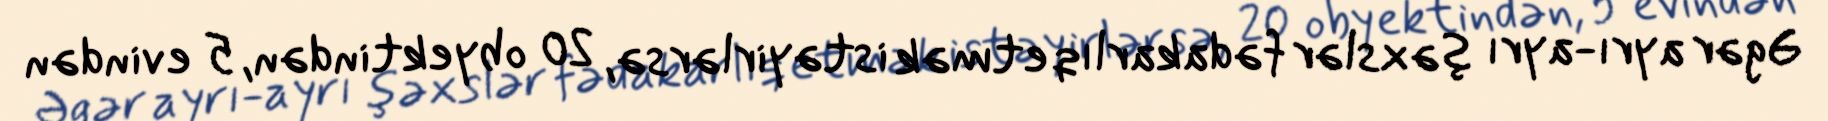
Əgər ayrı-ayrı şəxslər fədakarlıq etmək istəyirlərsə, 20 obyektindən, 5 evindən